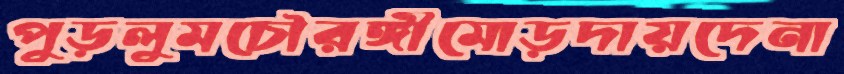
পুড়লুমচৌরঙ্গীমোড়দায়দেনা